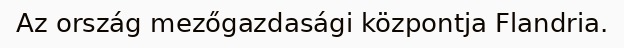
Az ország mezőgazdasági központja Flandria.